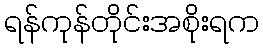
ရန်ကုန်တိုင်းအစိုးရက